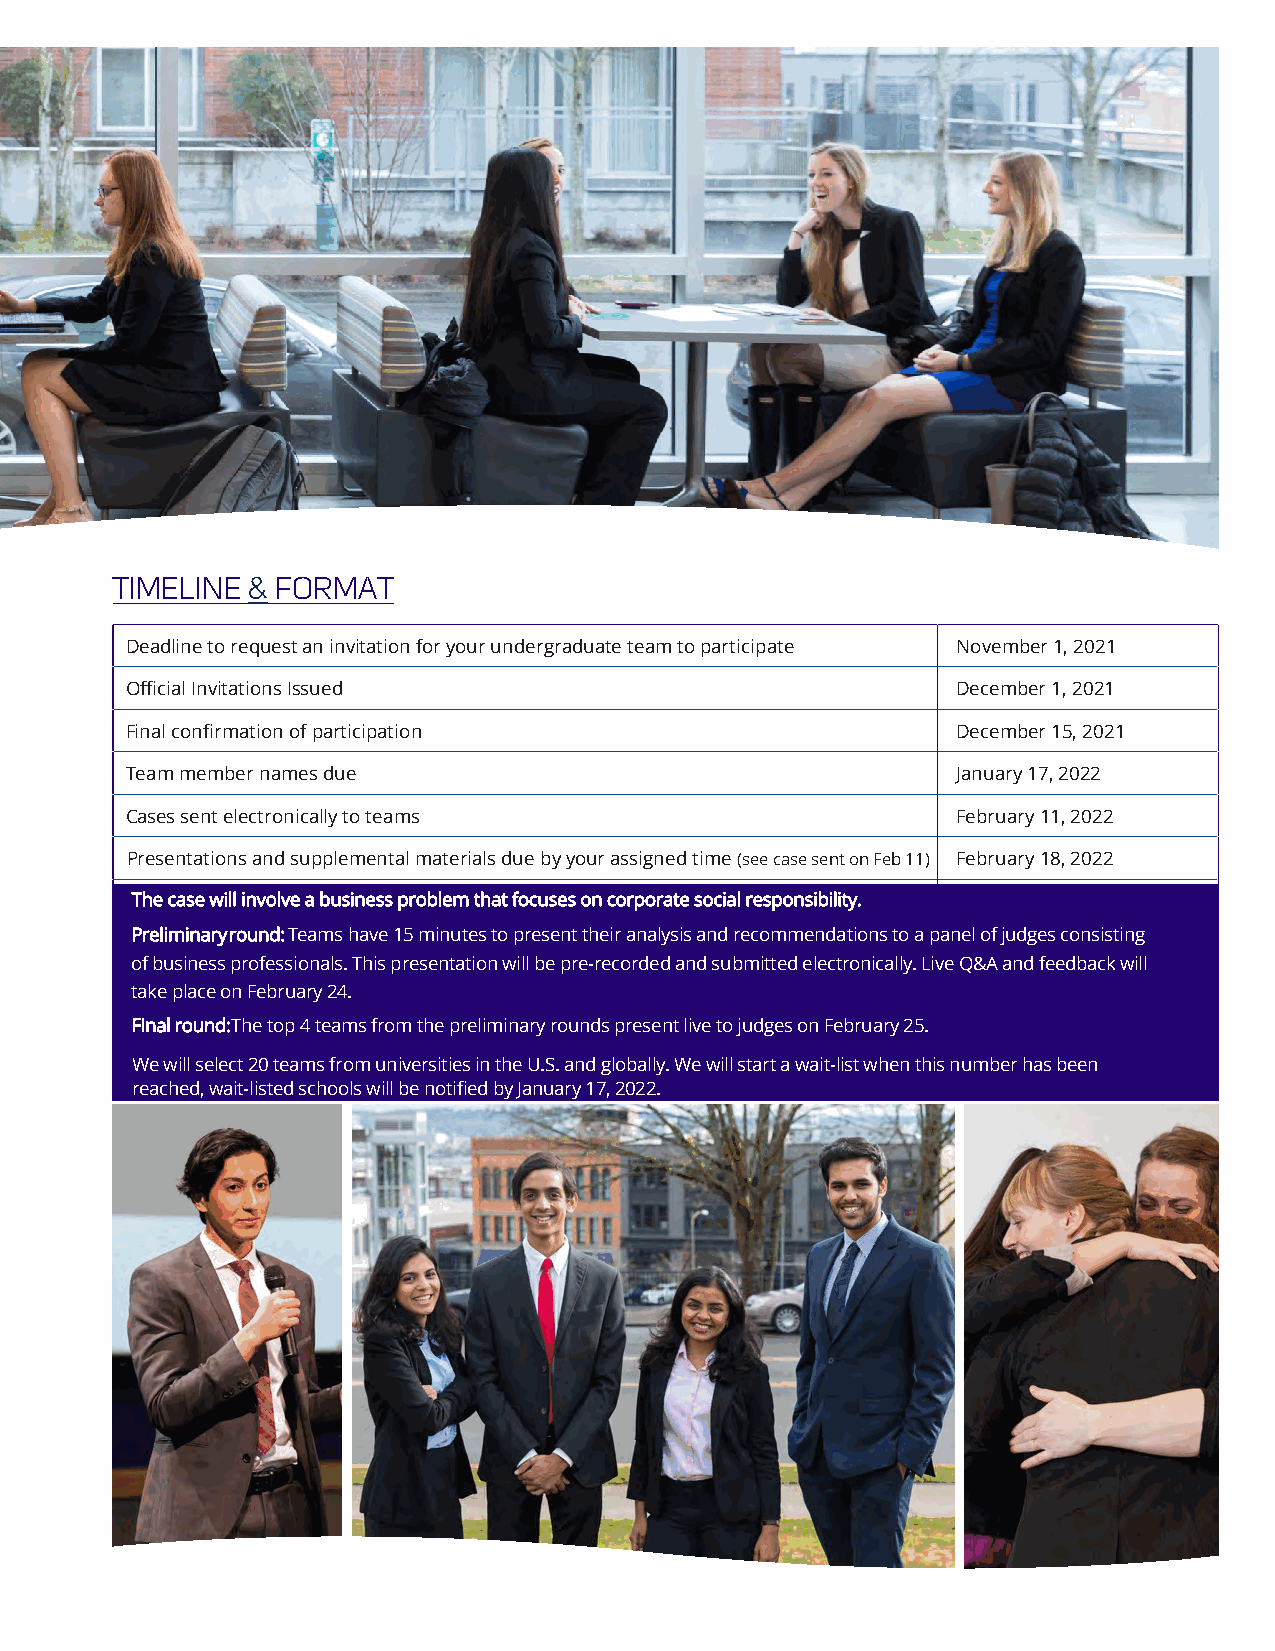
TIMELINE & FORMAT
 Deadline to request an invitation for your undergraduate team to participate November 1, 2021
 Official Invitations Issued                            December 1, 2021
 Final confirmation of participation                    December 15, 2021
 Team member names due                                  January 17, 2022
 Cases sent electronically to teams                     February 11, 2022
 Presentations and supplemental materials due by your assigned time (see case sent on Feb 11) February 18, 2022
 The case will involve a business problem that focuses on corporate social responsibility.
 Preliminary round: Teams have 15 minutes to present their analysis and recommendations to a panel of judges consisting
 of business professionals. This presentation will be pre-recorded and submitted electronically. Live Q&A and feedback will
 take place on February 24.
 Final r ound: The top 4 teams from the preliminary rounds present live to judges on February 25.
 We will select 20 teams from universities in the U.S. and globally. We will start a wait-list when this number has been
 reached, wait-listed schools will be notified by January 17, 2022.